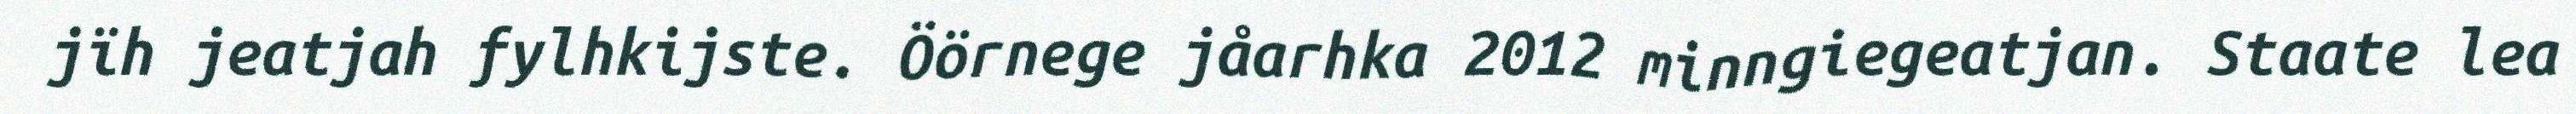
jïh jeatjah fylhkijste. Öörnege jåarhka 2012 minngiegeatjan. Staate lea